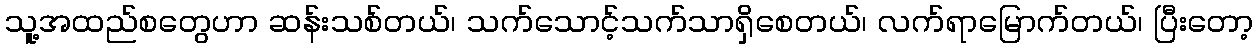
သူ့အထည်စတွေဟာ ဆန်းသစ်တယ်၊ သက်သောင့်သက်သာရှိစေတယ်၊ လက်ရာမြောက်တယ်၊ ပြီးတော့